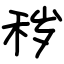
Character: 秽